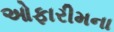
ઓફારીમના